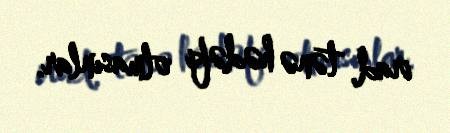
irad, tənə hədəfi olmasınlar.